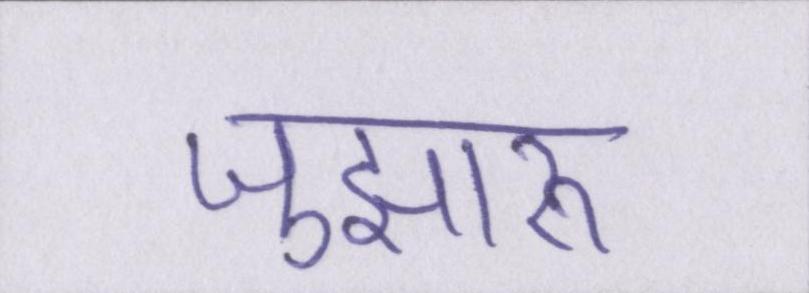
जुझारू